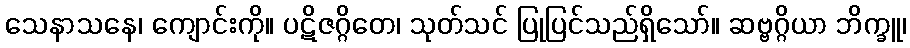
သေနာသနေ၊ ကျောင်းကို။ ပဋိဇဂ္ဂိတေ၊ သုတ်သင် ပြုပြင်သည်ရှိသော်။ ဆဗ္ဗဂ္ဂိယာ ဘိက္ခူ၊